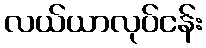
လယ်ယာလုပ်ငန်း